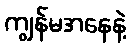
ကျွန်မအနေနဲ့